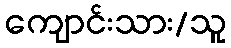
ကျောင်းသား/သူ